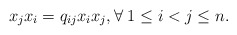
\begin{align*}x_j x_i=q_{ij}x_i x_j, \forall \; 1\leq i<j\leq n.\end{align*}